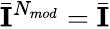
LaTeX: \bar{{\mathbf{I}}}^{N_{mod}}=\bar{{\mathbf{I}}}